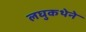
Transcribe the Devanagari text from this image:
लघुकथेने